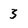
Character: 3